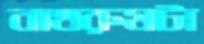
বাথরুমটা